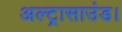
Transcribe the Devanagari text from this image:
अल्ट्रासाउंड।